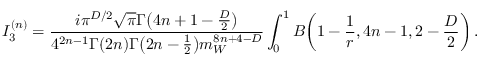
I _ { 3 } ^ { ( n ) } = \frac { i \pi ^ { D / 2 } \sqrt { \pi } \Gamma \big ( 4 n + 1 - \frac { D } { 2 } \big ) } { 4 ^ { 2 n - 1 } \Gamma ( 2 n ) \Gamma \big ( 2 n - \frac { 1 } { 2 } \big ) m _ { W } ^ { 8 n + 4 - D } } \int _ { 0 } ^ { 1 } B \bigg ( 1 - \frac { 1 } { r } , 4 n - 1 , 2 - \frac { D } { 2 } \bigg ) \, .